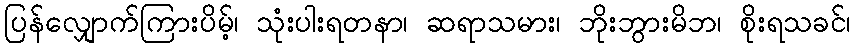
ပြန်လျှောက်ကြားပိမ့်၊ သုံးပါးရတနာ၊ ဆရာသမား၊ ဘိုးဘွားမိဘ၊ စိုးရသခင်၊